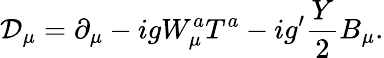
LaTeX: \mathcal{D}_{\mu}=\partial_{\mu}-igW_{\mu}^{a}T^{a}-ig^{\prime}\frac{Y}{2}B_{\mu}.